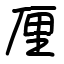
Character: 厘